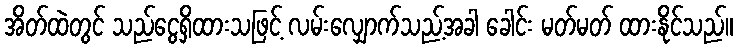
အိတ်ထဲတွင် သည်ငွေရှိထားသဖြင့် လမ်းလျှောက်သည့်အခါ ခေါင်း မတ်မတ် ထားနိုင်သည်။